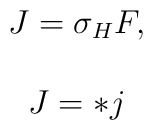
\begin{array}{c}J=\sigma _HF, \\\\J=*j\end{array}